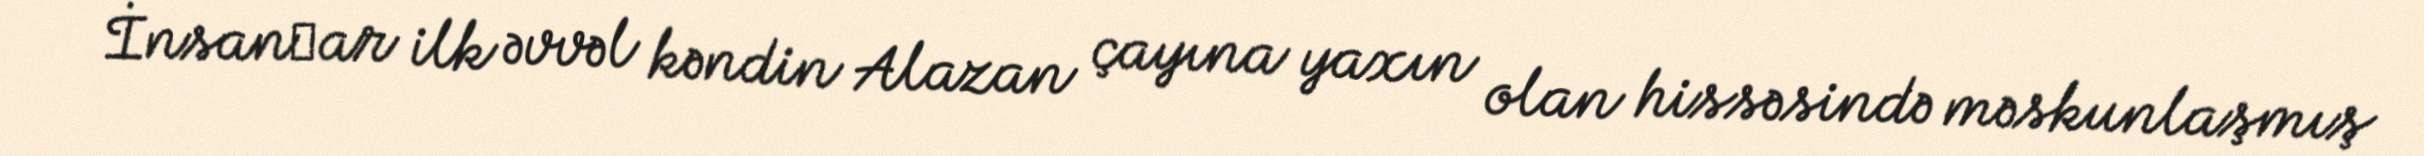
İnsanӀar ilk əvvəl kəndin Alazan çayına yaxın olan hissəsində məskunlaşmış